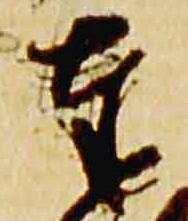
奉